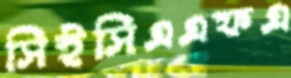
সিইসিএএফএ